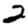
Digit: 2